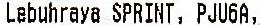
LABUHRAYA SPRINT, PJU6A,